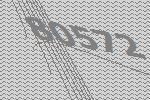
80572